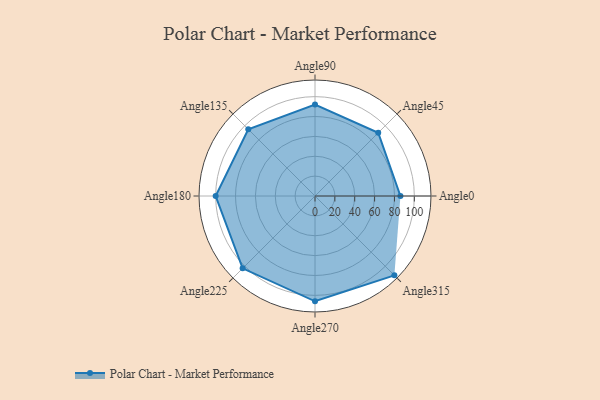
{"axis": {"x": "Angle", "y": "Radius"}, "legend": [""], "data": [{"x": "Angle0", "y": 86.0, "type": ""}, {"x": "Angle45", "y": 90.0, "type": ""}, {"x": "Angle90", "y": 92.0, "type": ""}, {"x": "Angle135", "y": 95.0, "type": ""}, {"x": "Angle180", "y": 100.0, "type": ""}, {"x": "Angle225", "y": 103.0, "type": ""}, {"x": "Angle270", "y": 106.0, "type": ""}, {"x": "Angle315", "y": 113.0, "type": ""}]}